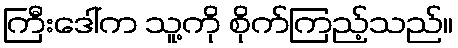
ကြီးဒေါ်က သူ့ကို စိုက်ကြည့်သည်။